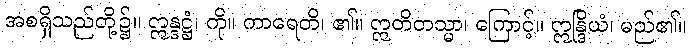
အစရှိသည်တို့၌။ ဣန္ဒဋ္ဌံ၊ ကို။ ကာရေတိ၊ ၏။ ဣတိတသ္မာ၊ ကြောင့်။ ဣန္ဒြိယံ၊ မည်၏။